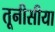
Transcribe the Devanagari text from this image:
तूनीसीया